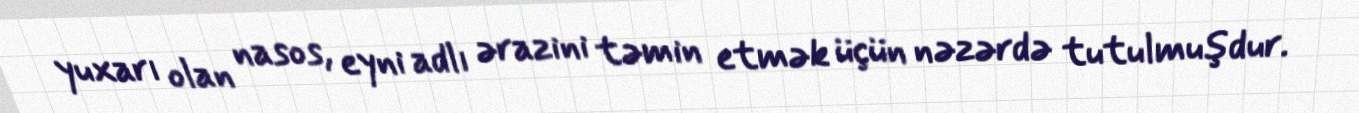
yuxarı olan nasos, eyni adlı ərazini təmin etmək üçün nəzərdə tutulmuşdur.